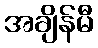
အချိန်မီ